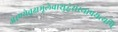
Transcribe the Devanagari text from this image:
अरण्येवृक्षमूलेवाशुद्धेसंस्थापयत्यपि